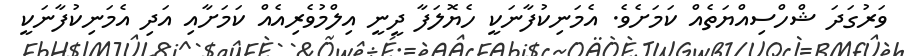
ވަރުގަދަ ޝްހްސިއްޔަތެއް ކަމަށެވެ. އެމަނިކުފާނަކީ ހެޔޮލަފާ ދީނީ އިލްމުވެރިއެއް ކަމަށާއި އަދި އެމަނިކުފާނަކީ